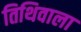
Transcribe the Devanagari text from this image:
तिथिवाला